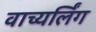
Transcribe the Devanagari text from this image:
वाच्यर्लिंग